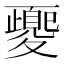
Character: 夒